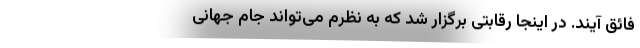
فائق آیند. در اینجا رقابتی برگزار شد که به نظرم می‌تواند جام جهانی